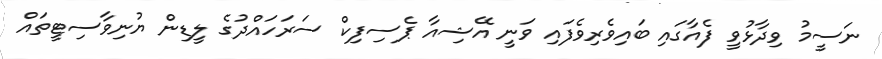
ނަސީމު ވިދާޅުވީ ފެއާގައި ބައިވެރިވެފައި ވަނީ އޭޝިއާ ޕެސިފިކް ސަރަހައްދުގެ ލީޑިން ޔުނިވާސިޓީތައް